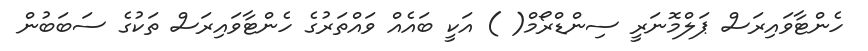
ހެންޓާވައިރަސް ޕަލްމޮނަރީ ސިންޑްރޯމް( ) އަކީ ބައެއް ވައްތަރުގެ ހެންޓާވައިރަސް ތަކުގެ ސަބަބުން